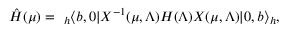
\hat { { \cal H } } ( \mu ) = ~ _ { h } \langle b , 0 | X ^ { - 1 } ( \mu , \Lambda ) H ( \Lambda ) X ( \mu , \Lambda ) | 0 , b \rangle _ { h } ,